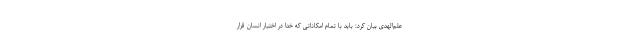
علم‌الهدی بیان کرد: باید با تمام امکاناتی که خدا در اختیار انسان قرار